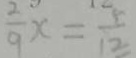
\frac { 2 } { 9 } x = \frac { 5 } { 1 3 }